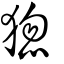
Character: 㺀